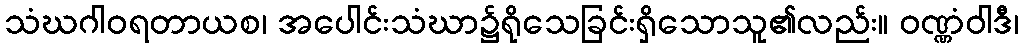
သံဃဂါဝရတာယစ၊ အပေါင်းသံဃာ၌ရိုသေခြင်းရှိသောသူ၏လည်း။ ဝဏ္ဏံဝါဒီ၊